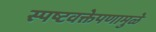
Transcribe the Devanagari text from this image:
स्पष्टवक्तेपणामुळे